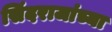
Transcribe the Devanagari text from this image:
सिंदराजांच्या